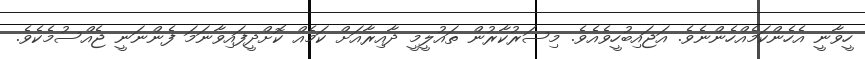
ހީވާނީ އެހެންކަމެއްހެންނެވެ. އަޖައިބުހީވެއެވެ. މިސަރުކާރުން ތައުލީމީ ދާއިރާއަށް ކަމެއް ކޮށްދީފައިވާނަމަ ފެންނަނީ ޖެއްސުމެކެވެ.